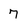
Character: 7